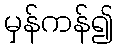
မှန်ကန်၍